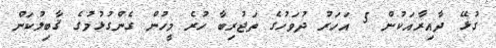
ގުޅޭ ދާއިރާއަކުން 5 އަހަރު ދުވަހުގެ ތަޖުރިބާ ހުރެ މީހުން ގެންގުޅުމުގެ ޤާބިލުކަން